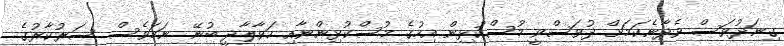
ގިނަދުވަސް ވެދާނެކަމަށް ދުވަސްވީ މުސްކުޅިން އިހުގެ މުސްކުޅިންނާއި ހަވާލާދީ ބުނޭ. ނަމަވެސް ސަރުކާރުގެ